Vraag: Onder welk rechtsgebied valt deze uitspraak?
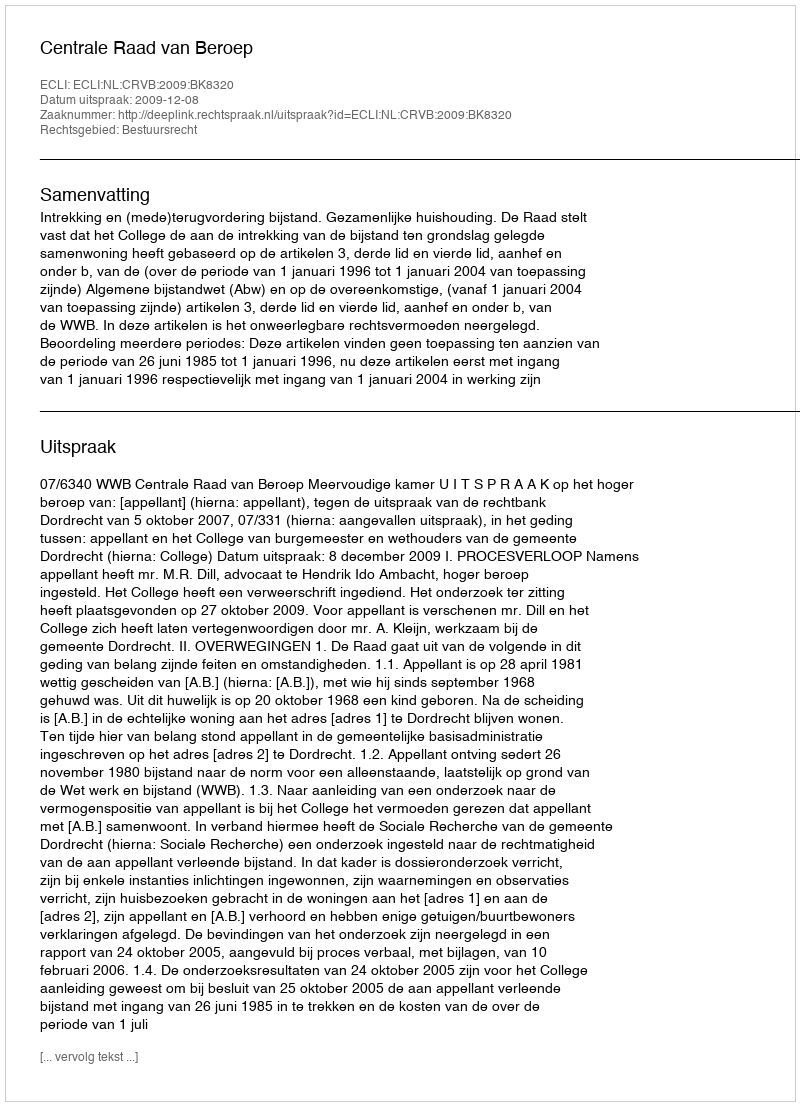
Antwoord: Bestuursrecht